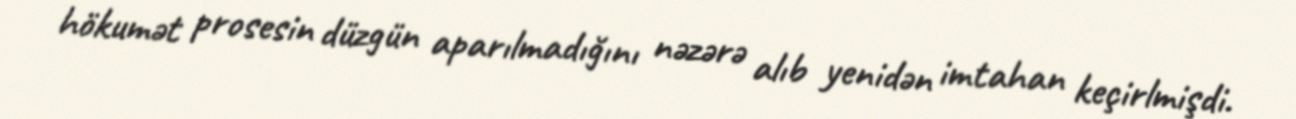
hökumət prosesin düzgün aparılmadığını nəzərə alıb yenidən imtahan keçirlmişdi.